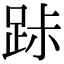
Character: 𨀚